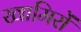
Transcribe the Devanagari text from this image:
खामिरों